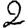
Digit: 2